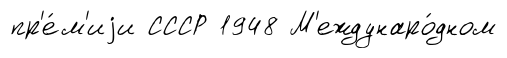
пр'е́м'иjи СССР 1948 М'еждунаро́дном